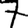
Digit: 7